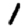
Digit: 1